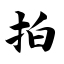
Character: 拍